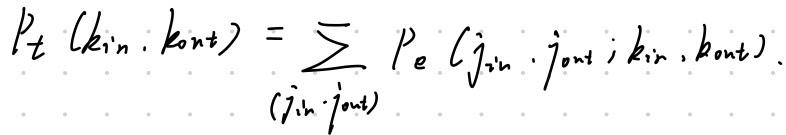
\[ P_t(k_{in}, k_{out}) = \sum_{(j_{in}, j_{out})} P_e(j_{in}, j_{out}; k_{in}, k_{out}) \]